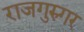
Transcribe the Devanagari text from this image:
राजगुरुगर